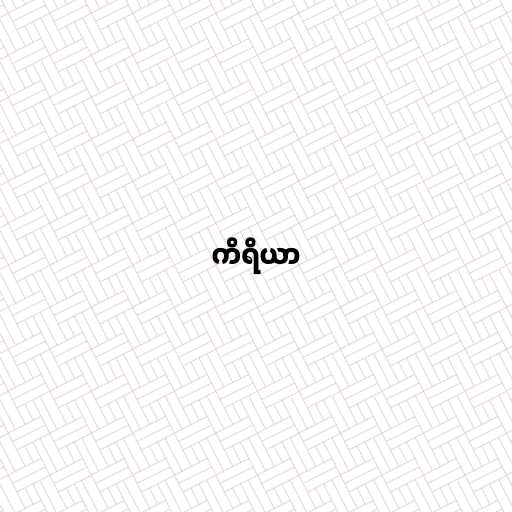
ကိရိယာ